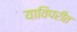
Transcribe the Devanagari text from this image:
याविपरीत